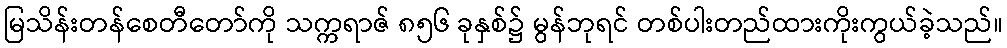
မြသိန်းတန်စေတီတော်ကို သက္ကရာဇ် ၈၅၆ ခုနှစ်၌ မွန်ဘုရင် တစ်ပါးတည်ထားကိုးကွယ်ခဲ့သည်။